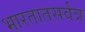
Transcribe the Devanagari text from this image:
भारतातसर्वत्र